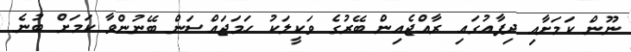
ނޫން ކަމަށާއި ދިފާއުގައި ރާއްޖެއިން ބޭރުގެ ވަކީލަކު ހަމަޖައްސަން ބޭނުންވާ ކަމަށް ބުނެ